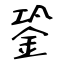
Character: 銎